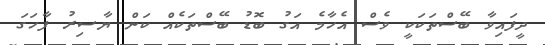
ދީފައިވާ ބޭސްތަކަކީ ވެސް އެހާމެ އަގު ބޮޑު ބޭސްތަކެއް ކަން ޔާސިރު ފާހަގަ